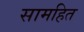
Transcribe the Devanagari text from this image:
सामहित